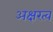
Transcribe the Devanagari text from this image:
अक्षरत्व